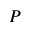
P